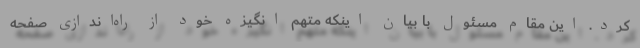
کرد. این مقام مسئول با بیان اینکه متهم انگیزه خود از راه‌اندازی صفحه